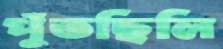
পুঁতছিলি